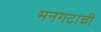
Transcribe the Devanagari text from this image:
मनगटाची